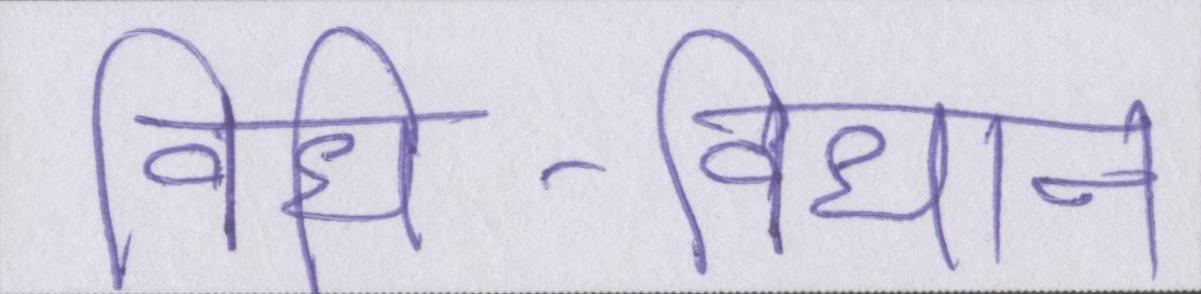
विधि-विधान